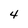
Character: 4